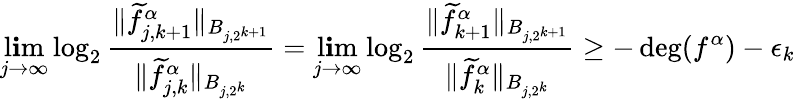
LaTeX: \operatorname*{l\mathbf{i}m}_{j\rightarrow\infty}\log_{2}\frac{{\| \widetilde{f}_{j,{k+1}}^{\alpha}\| _{B_{j,2^{k+1}}}}}{{\| \widetilde{f}_{j,{k}}^{\alpha}\| _{B_{j,2^{k}}}}}=\operatorname*{l\mathbf{i}m}_{j\rightarrow\infty}\log_{2}\frac{{\| \widetilde{f}_{{k+1}}^{\alpha}\| _{B_{j,2^{k+1}}}}}{{\| \widetilde{f}_{{k}}^{\alpha}\| _{B_{j,2^{k}}}}}\geq-\deg(f^{\alpha})-\epsilon_{k}